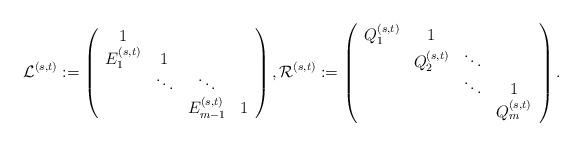
LaTeX: \begin{align*}{\cal L}^{(s,t)}:=\left(\begin{array}{cccc}1&\\E_1^{(s,t)}&1&\\&\ddots&\ddots&\\&&E_{m-1}^{(s,t)}&1\end{array}\right),{\cal R}^{(s,t)}:=\left(\begin{array}{cccc}Q_1^{(s,t)}&1\\&Q_2^{(s,t)}&\ddots\\&&\ddots&1\\&&&Q_m^{(s,t)}\end{array}\right).\end{align*}